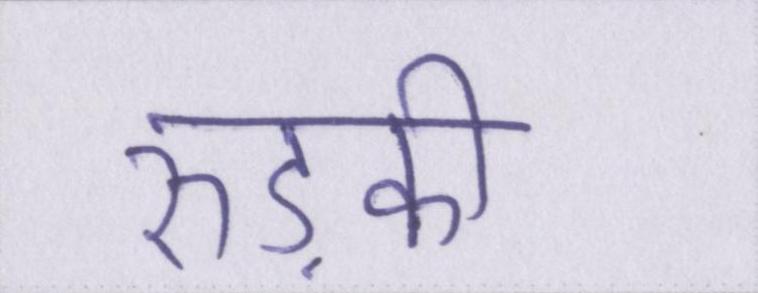
रुड़की